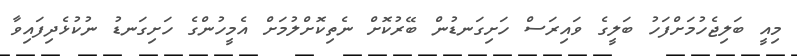
މިއީ ބަލިޖެހުމަށްފަހު ބަލީގެ ވައިރަސް ހަށިގަނޑުން ބޭރުކޮށް ނެތިކޮށްލުމަށް އެމީހުންގެ ހަށިގަނޑު ނުކުޅެދިފައިވާ